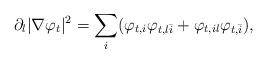
LaTeX: \begin{align*}\partial_l |\nabla \varphi_t|^2 = \sum_i (\varphi_{t,i} \varphi_{t, l\bar i} + \varphi_{t, il} \varphi_{t,\bar i}) ,\end{align*}